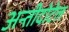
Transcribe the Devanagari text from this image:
अन्तीदोटेल